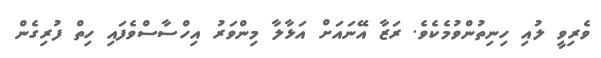
ވެރިވީ ލުއި ހިނިތުންވުމެކެވެ. ރަޒާ އޭނައަށް އަޅާލާ މިންވަރު އިހްސާސްވެފައި ހިތް ފުރިގެން